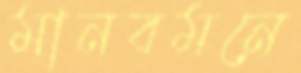
মানবমনে